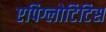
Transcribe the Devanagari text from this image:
एपिग्लोटिटिस